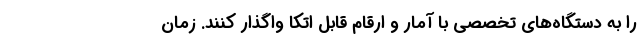
را به دستگاه‌های تخصصی با آمار و ارقام قابل اتکا واگذار کنند. زمان